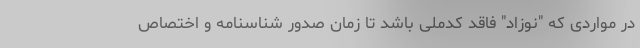
در مواردی که "نوزاد" فاقد کدملی باشد تا زمان صدور شناسنامه و اختصاص